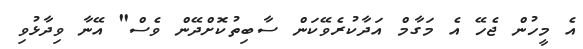
އެ މީހުން ޖެހޭ އެ މަގާމް އަދާކުރެވޭކަން ސާބިތުކޮށްދޭން ވެސް" އޭނާ ވިދާޅުވި